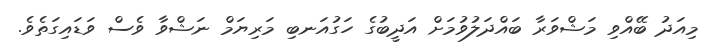
މިއަދު ބޭއްވި މަޝްވަރާ ބައްދަލުވުމަށް އަދީބުގެ ހަގުއަނބި މަރިޔަމް ނަޝްވާ ވެސް ވަޑައިގަތެވެ.